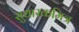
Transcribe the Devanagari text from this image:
सुधारकमित्र